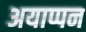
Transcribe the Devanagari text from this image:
अयाप्पन